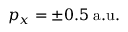
p _ { x } = \pm 0 . 5 \; \mathrm { a . u . }